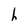
Character: h